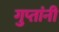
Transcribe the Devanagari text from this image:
गुप्तांनी